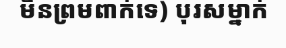
មិនព្រមពាក់ទេ) បុរសម្នាក់